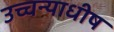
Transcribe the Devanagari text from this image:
उच्चन्याधीष